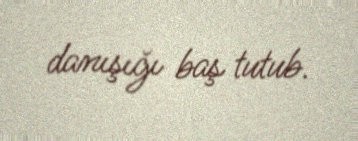
danışığı baş tutub.